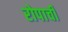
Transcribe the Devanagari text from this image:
रोपाची